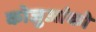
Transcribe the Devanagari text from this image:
कोजुआंको